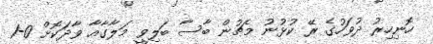
ހޮނިހިރު ދުވަހުގެ ރޭ ކުޅުނު މެޗުން ބާސާ ބަލިވީ މަލާގާއާ ވާދަކޮށް 0-1